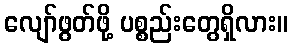
လျော်ဖွတ်ဖို့ ပစ္စည်းတွေရှိလား။